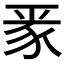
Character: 𮙛